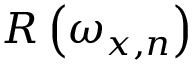
R \left( \omega _ { x , n } \right)